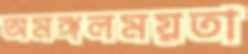
অমঙ্গলময়তা